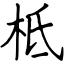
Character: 柢